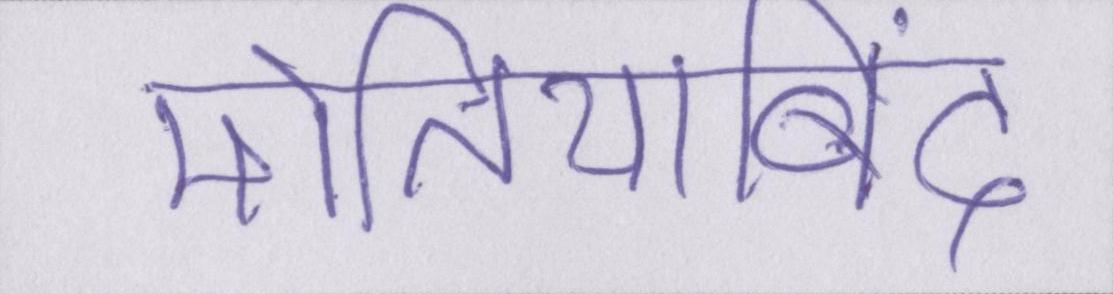
मोतियाबिंद